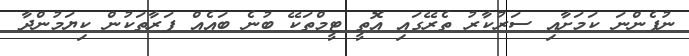
ނުފެންނަ ކަމަށާއި ސަރުކާރު ތެރޭގައި އޮތީ ޓީމްތަކޭ ބުނެ ބައެއް ފަރާތަކުން ކިޔަމުންދާ